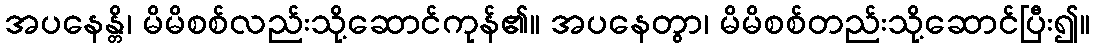
အပနေန္တိ၊ မိမိစစ်လည်းသို့ဆောင်ကုန်၏။ အပနေတွာ၊ မိမိစစ်တည်းသို့ဆောင်ပြီး၍။